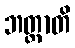
ဘတ္တာတိ